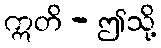
ဣတိ - ဤသို့